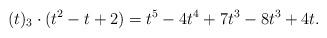
LaTeX: \begin{align*}(t)_3\cdot (t^2-t+2) = t^5 -4t^4 +7t^3 -8t^3 +4t.\end{align*}